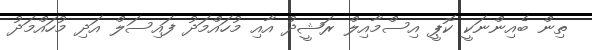
ތިން ބެއިންނަކީ ކޮޕީ އިސްމާއިލް ރަޝީދު އާއި މުހައްމަދު ފައިސަލް އަދި މުހައްމަދު